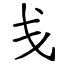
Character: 戋